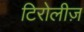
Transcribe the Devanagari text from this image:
टिरोलीज़